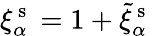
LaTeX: \xi_{\alpha}^{\mathrm{~s~}}=1+\tilde{\xi}_{\alpha}^{\mathrm{~s~}}